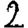
Digit: 2